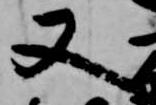
又